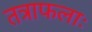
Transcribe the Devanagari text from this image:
तत्राफलाः